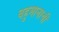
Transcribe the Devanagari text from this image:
बहुमानाची